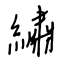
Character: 繡